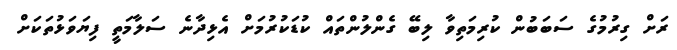
ރަށް ގިރުމުގެ ސަބަބުން ކުރިމަތިވާ ލިބޭ ގެންލުންތައް ކުޑަކުރުމަށް އެޅިދާނެ ސަލާމަތީ ފިޔަވަޅުތަކަށް